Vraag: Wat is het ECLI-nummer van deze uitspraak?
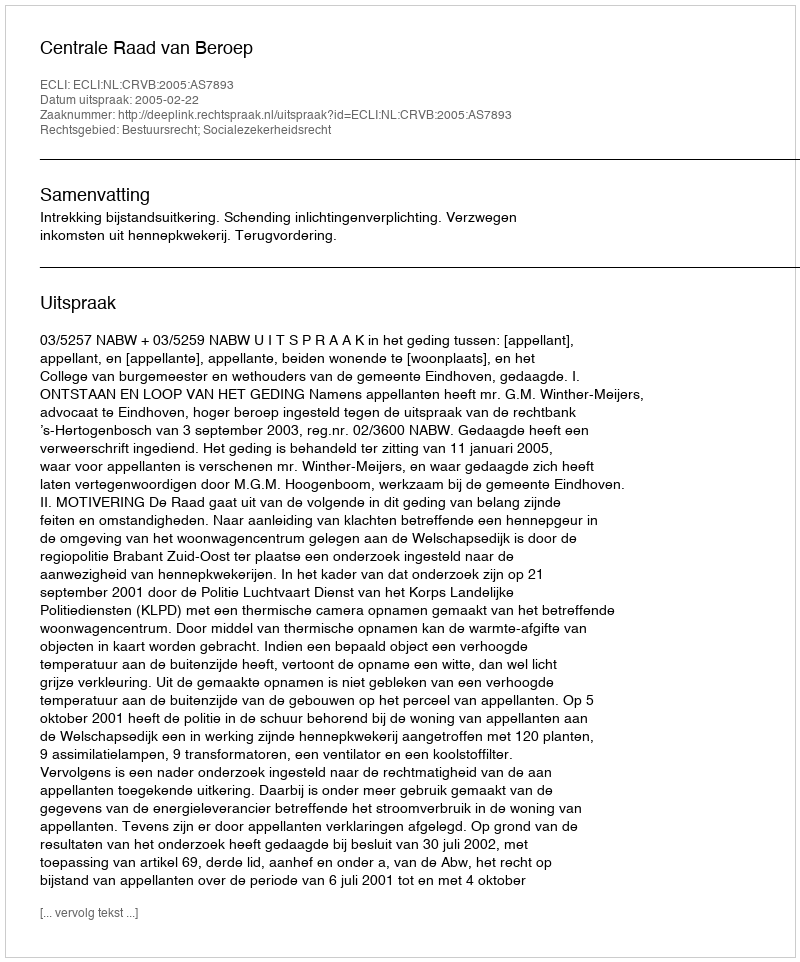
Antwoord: ECLI:NL:CRVB:2005:AS7893